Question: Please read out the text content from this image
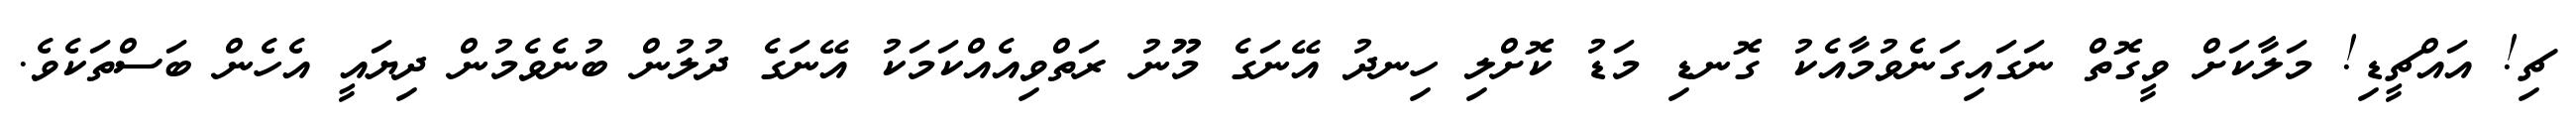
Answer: ޗި! އައްޗީޑި! މަލާކަށް ވީގޮތް ނަގައިގަނެވުމާއެކު ގޮނޑި މަޑު ކޮށްލި ހިނދު އޭނަގެ މޫނު ރަތްވިއެއްކަމަކު އޭނަގެ ދުލުން ބުނެވެމުން ދިޔައީ އެހެން ބަސްތަކެވެ.